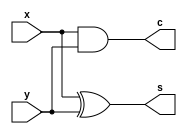


module half_adder (
	input x,
	input y,
	output wire s,
	output wire c
); 
	assign s = x ^ y;
	assign c = x & y;
endmodule